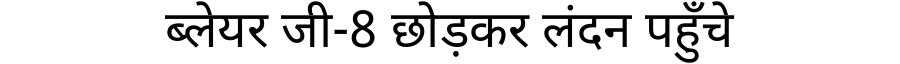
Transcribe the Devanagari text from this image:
ब्लेयर जी-8 छोड़कर लंदन पहुँचे